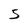
Character: 5